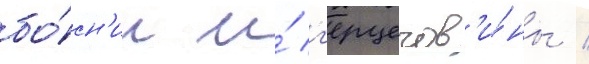
бо́сн'ии и́ г'ерцегов'и́ны /